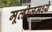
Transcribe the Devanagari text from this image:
मूव्हीजमध्ये